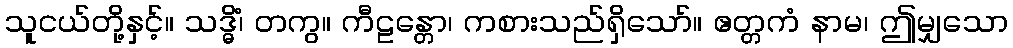
သူငယ်တို့နှင့်။ သဒ္ဓိံ၊ တကွ။ ကီဠန္တော၊ ကစားသည်ရှိသော်။ ဧတ္တကံ နာမ၊ ဤမျှသော